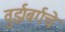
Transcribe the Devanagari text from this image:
वुर्झबर्गचे